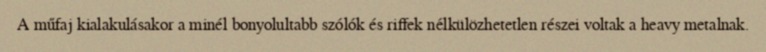
A műfaj kialakulásakor a minél bonyolultabb szólók és riffek nélkülözhetetlen részei voltak a heavy metalnak.